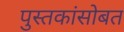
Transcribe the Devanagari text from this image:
पुस्तकांसोबत